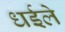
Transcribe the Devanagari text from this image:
धईले